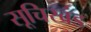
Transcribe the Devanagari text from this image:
सूचिखंड